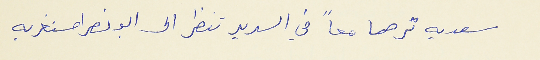
سعديه  ترهما معاً في السرير تنظر الى ابو نصرا مستغربه